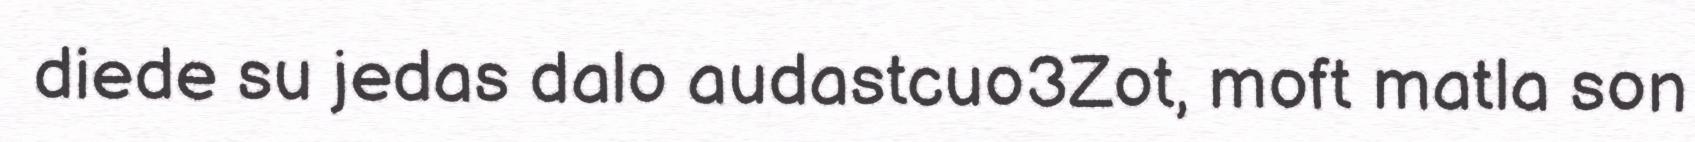
diede su jedas dalo audastcuo3Zot, moft matla son